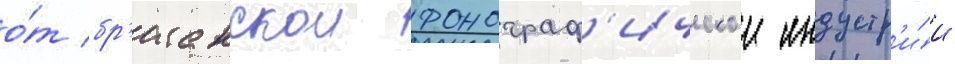
о́т бр'итанскои фонограф'ическои индустр'и́и